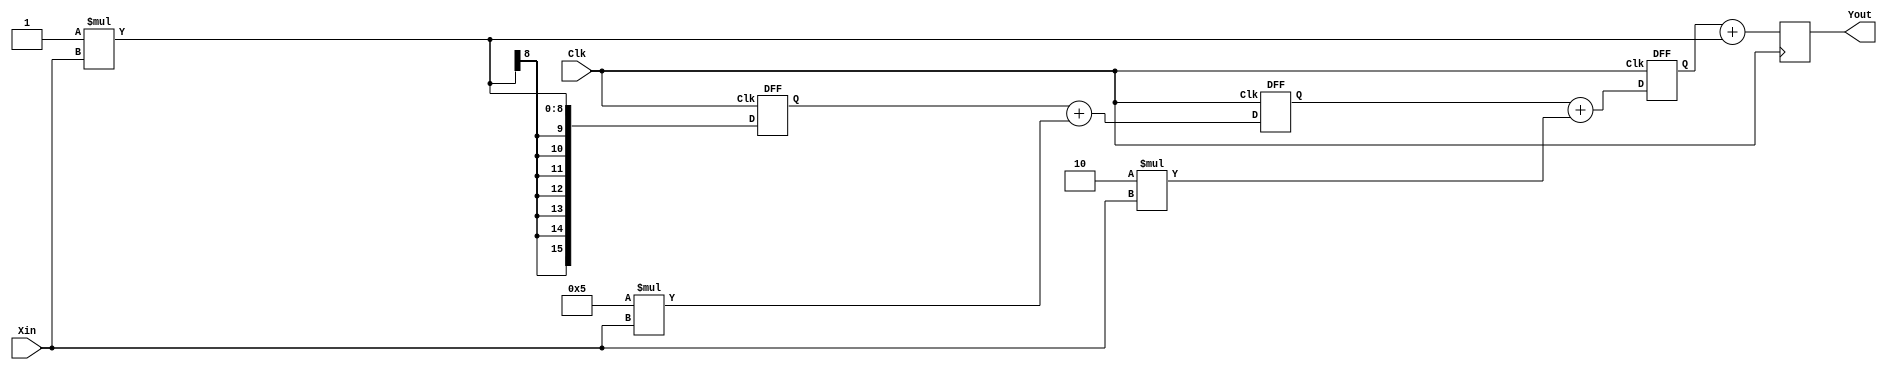
module fir_4tap(input Clk,input signed [7:0] Xin,output reg signed [15:0] Yout);    
//Internal variables.
wire signed   [7:0] H0,H1,H2,H3;
wire signed   [15:0] MCM_block0,MCM_block1,MCM_block2,MCM_block3,shift_add_out1,shift_add_out2,shift_add_out3,Q1,Q2,Q3;    
//filter coefficient initializations.
//h(n) = [-1 -2 5 -1].
    assign H0 = -1;
    assign H1 = -2;
    assign H2 = 5;
    assign H3 = -1;
//Multiple constant multiplications.
    assign MCM_block3 = H3*Xin;
    assign MCM_block2 = H2*Xin;
    assign MCM_block1 = H1*Xin;
    assign MCM_block0 = H0*Xin;
//adders
    assign shift_add_out1 = Q1 + MCM_block2;
    assign shift_add_out2 = Q2 + MCM_block1;
   assign shift_add_out3 = Q3 + MCM_block0;    
//flipflop instantiations (for introducing a delay).
    DFF dff1 (.Clk(Clk),.D(MCM_block3),.Q(Q1));
    DFF dff2 (.Clk(Clk),.D(shift_add_out1),.Q(Q2));
    DFF dff3 (.Clk(Clk),.D(shift_add_out2),.Q(Q3));
//Assign the last adder output to final output.
    always@ (posedge Clk)
        Yout <= shift_add_out3;
endmodule
module DFF(input Clk,input [15:0] D,output reg [15:0] Q);
    
    always@ (posedge Clk)
        Q = D;
    
endmodule
 

module test_bench;

    // Inputs
    reg Clk;
    reg signed [7:0] Xin ;

    // Outputs
    wire signed [15:0] Yout;
	 integer outfile1,outfile2;

    // Instantiate the Unit Under Test (UUT)
    fir_4tap uut (
        .Clk(Clk), 
        .Xin(Xin), 
        .Yout(Yout)
    );
    
    //Generate a clock with 10 ns clock period.
    initial Clk = 0;
    always 
	 #5 Clk =~Clk;
	 
//Initialize and apply the inputs.
    initial begin
          Xin =0;  #40;
		
			  outfile1=$fopen("output.txt","w");
           outfile2=$fopen("input.txt","w");	
			$fwrite(outfile1,"%d\n",Xin);  //write as decimal
			$fwrite(outfile2,"%d\n",Yout);  //write as decimal
          Xin =0.5; #10;
			 $fwrite(outfile1,"%d\n",Xin);  //write as decimal
			$fwrite(outfile2,"%d\n",Yout);  //write as decimal
          Xin =1;  #10;
			$fwrite(outfile1,"%d\n",Xin);  //write as decimal
			$fwrite(outfile2,"%d\n",Yout);  //write as decimal 
          Xin =1.5;  #10;
			$fwrite(outfile1,"%d\n",Xin);  //write as decimal
			$fwrite(outfile2,"%d\n",Yout);  //write as decimal 
          Xin =2; #10;
			 $fwrite(outfile1,"%d\n",Xin);  //write as decimal
			$fwrite(outfile2,"%d\n",Yout);  //write as decimal
          Xin =1.6; #10;
			 $fwrite(outfile1,"%d\n",Xin);  //write as decimal
			$fwrite(outfile2,"%d\n",Yout);  //write as decimal
          Xin =0.8;  #10;
			 $fwrite(outfile1,"%d\n",Xin);  //write as decimal
			$fwrite(outfile2,"%d\n",Yout);  //write as decimal
          Xin =0.5; #10;
			 $fwrite(outfile1,"%d\n",Xin);  //write as decimal
			$fwrite(outfile2,"%d\n",Yout);  //write as decimal
          Xin =0;  #10;
			 $fwrite(outfile1,"%d\n",Xin);  //write as decimal
			$fwrite(outfile2,"%d\n",Yout);  //write as decimal
          Xin =-0.5;  #10;
			 $fwrite(outfile1,"%d\n",Xin);  //write as decimal
			$fwrite(outfile2,"%d\n",Yout);  //write as decimal
			Xin =-1;  #10;
			 $fwrite(outfile1,"%d\n",Xin);  //write as decimal
			$fwrite(outfile2,"%d\n",Yout);  //write as decimal
			Xin =-1.2;  #10;
			 $fwrite(outfile1,"%d\n",Xin);  //write as decimal
			$fwrite(outfile2,"%d\n",Yout);  //write as decimal
			Xin =-2;  #10;
			 $fwrite(outfile1,"%d\n",Xin);  //write as decimal
			$fwrite(outfile2,"%d\n",Yout);  //write as decimal
			Xin =-1.7;  #10;
			 $fwrite(outfile1,"%d\n",Xin);  //write as decimal
			$fwrite(outfile2,"%d\n",Yout);  //write as decimal
			Xin =-1.2;  #10;
			 $fwrite(outfile1,"%d\n",Xin);  //write as decimal
			$fwrite(outfile2,"%d\n",Yout);  //write as decimal
			Xin =-0.8;  #10;
			 $fwrite(outfile1,"%d\n",Xin);  //write as decimal
			$fwrite(outfile2,"%d\n",Yout);  //write as decimal
			Xin =-0.4;  #10;
			 $fwrite(outfile1,"%d\n",Xin);  //write as decimal
			$fwrite(outfile2,"%d\n",Yout);  //write as decimal
			Xin =0;  #10;
			 $fwrite(outfile1,"%d\n",Xin);  //write as decimal
			$fwrite(outfile2,"%d\n",Yout);  //write as decimal
			
			$fclose(outfile1);
	        $fclose(outfile2);
    end    
endmodule